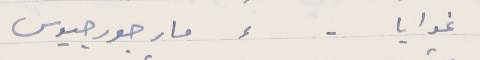
غوايا -        ⸗       مار جورجيوس